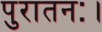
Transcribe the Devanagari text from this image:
पुरातनः।